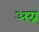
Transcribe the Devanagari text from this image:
अग्न्